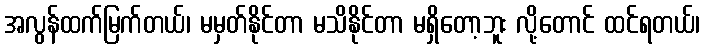
အလွန်ထက်မြက်တယ်၊ မမှတ်နိုင်တာ မသိနိုင်တာ မရှိတော့ဘူး လို့တောင် ထင်ရတယ်၊